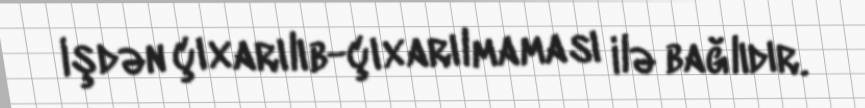
işdən çıxarılıb-çıxarılmaması ilə bağlıdır.